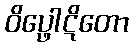
ဝိပ္ဖေါဋိတော